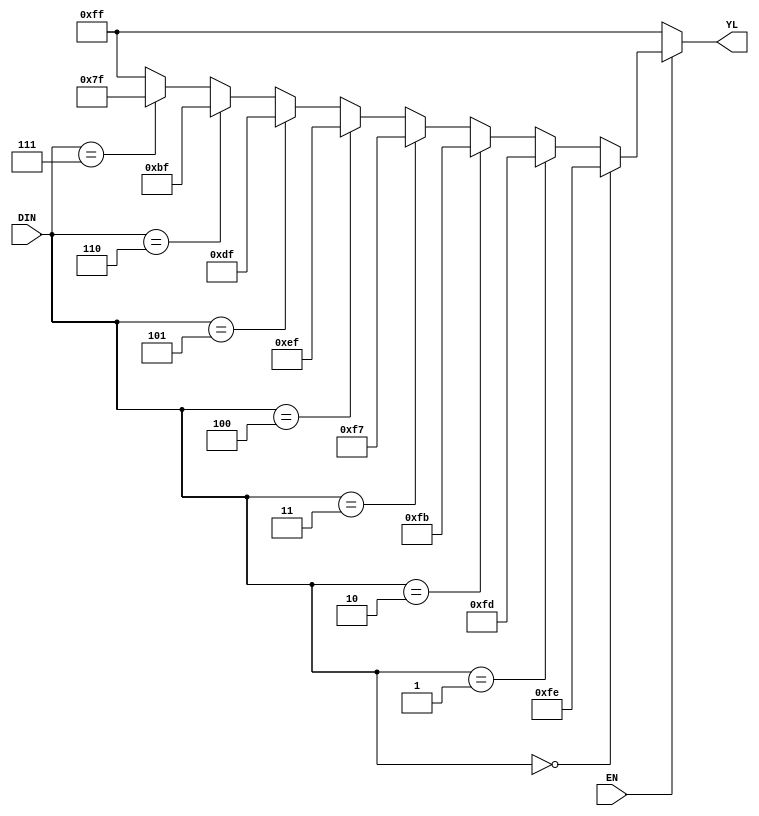
module decoder3x8(output reg [7:0] YL, input EN, input [2:0] DIN);
    always @(*) 
    begin
        if(EN)
        begin
            if(DIN == 0) YL = 8'b1111_1110; else
            if(DIN == 1) YL = 8'b1111_1101; else
            if(DIN == 2) YL = 8'b1111_1011; else
            if(DIN == 3) YL = 8'b1111_0111; else
            if(DIN == 4) YL = 8'b1110_1111; else
            if(DIN == 5) YL = 8'b1101_1111; else
            if(DIN == 6) YL = 8'b1011_1111; else
            if(DIN == 7) YL = 8'b0111_1111; else
            YL = 8'hff;
        end
        else
            YL = 8'b1111_1111;
    end
endmodule